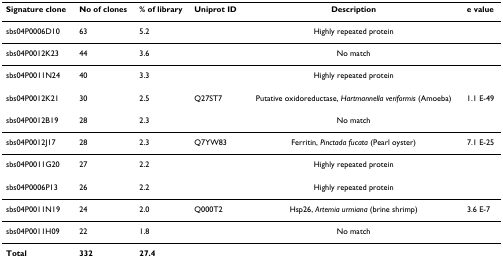
| Signature clone | No of clones | % of library | Uniprot ID | Description | e value |
 | --- | --- | --- | --- | --- | --- |
 | sbs04P0006D10 | 63 | 5.2 |  | Highly repeated protein |  |
 | sbs04P0012K23 | 44 | 3.6 |  | No match |  |
 | sbs04P0011N24 | 40 | 3.3 |  | Highly repeated protein |  |
 | sbs04P0012K21 | 30 | 2.5 | Q27ST7 | Putative oxidoreductase, Hartmannella veriformis (Amoeba) | 1.1 E-49 |
 | sbs04P0012B19 | 28 | 2.3 |  | No match |  |
 | sbs04P0012J17 | 28 | 2.3 | Q7YW83 | Ferritin, Pinctada fucata (Pearl oyster) | 7.1 E-25 |
 | sbs04P0011G20 | 27 | 2.2 |  | Highly repeated protein |  |
 | sbs04P0006P13 | 26 | 2.2 |  | Highly repeated protein |  |
 | sbs04P0011N19 | 24 | 2.0 | Q000T2 | Hsp26, Artemia urmiana (brine shrimp) | 3.6 E-7 |
 | sbs04P0011H09 | 22 | 1.8 |  | No match |  |
 | Total | 332 | 27.4 |  |  |  |